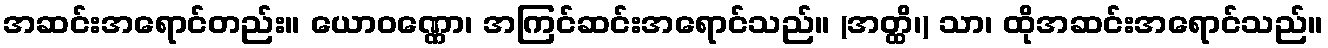
အဆင်းအရောင်တည်း။ ယောဝဏ္ဏော၊ အကြင်ဆင်းအရောင်သည်။ (အတ္ထိ၊) သာ၊ ထိုအဆင်းအရောင်သည်။